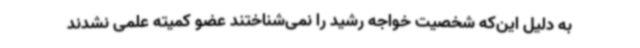
به دلیل این‌که شخصیت خواجه رشید را نمی‌شناختند عضو کمیته علمی نشدند